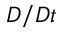
D / D t